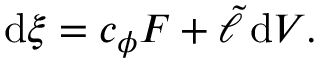
\mathrm { d } \xi = c _ { \phi } F + \tilde { \ell } \, { \mathrm { d } V } .